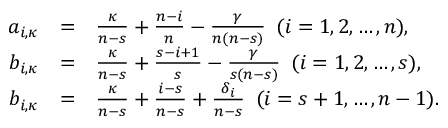
\begin{array} { r c l } { { a _ { i , \kappa } } } & { { = } } & { { \frac { \kappa } { n - s } + \frac { n - i } { n } - \frac { \gamma } { n ( n - s ) } \, \, \, ( i = 1 , 2 , \dots , n ) , } } \\ { { b _ { i , \kappa } } } & { { = } } & { { \frac { \kappa } { n - s } + \frac { s - i + 1 } { s } - \frac { \gamma } { s ( n - s ) } \, \, \, ( i = 1 , 2 , \dots , s ) , } } \\ { { b _ { i , \kappa } } } & { { = } } & { { \frac { \kappa } { n - s } + \frac { i - s } { n - s } + \frac { \delta _ { i } } { n - s } \, \, \, ( i = s + 1 , \dots , n - 1 ) . } } \end{array}